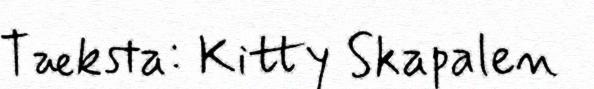
Tæksta: Kitty Skapalen